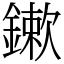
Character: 鏉